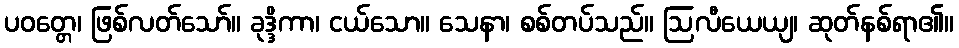
ပဝတ္တေ၊ ဖြစ်လတ်သော်။ ခုဒ္ဒိကာ၊ ငယ်သော။ သေနာ၊ စစ်တပ်သည်။ ဩလီယေယျ၊ ဆုတ်နစ်ရာ၏။